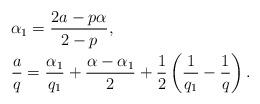
LaTeX: \begin{align*} &\alpha_1=\frac{2a-p\alpha}{2-p}, \\ &\frac{a}{q}=\frac{\alpha_1}{q_1}+\frac{\alpha-\alpha_1}{2}+ \frac{1}{2}\left(\frac1{q_1}-\frac1{q}\right). \end{align*}